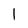
Character: 1